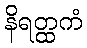
နိရတ္ထကံ